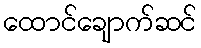
ထောင်ချောက်ဆင်